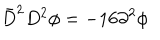
\bar { D } ^ { 2 } D ^ { 2 } \phi = - 1 6 \partial ^ { 2 } \phi